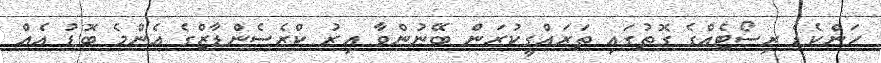
ހަންކެޑެ ރިސޯޓެއްގެ ގޮތުގައި ތަރައްގީކުރަން ބޭނުންވާ އިރު ކްރެސެންޑާޒްގެ އެންމެ ބޮޑު އެއް